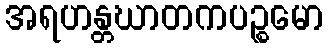
အရဟန္တဃာတကပဉ္စမော